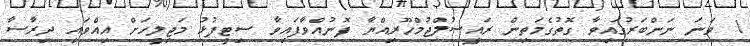
1 ވަނަ ނަންބަރުގައިވާ ގޮތުގެމަތިން ރައީސުލްޖުމްހޫރިއްޔާ ފޮނުއްވާފައިވާ ސިޓީފުޅު މަޖިލީހަށް އިއްވައި ދިރާސާ